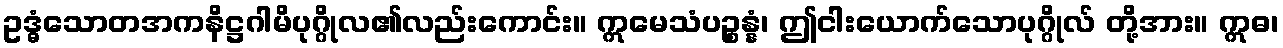
ဥဒ္ဓံသောတအကနိဋ္ဌဂါမိပုဂ္ဂိုလ၏လည်းကောင်း။ ဣမေသံပဉ္စန္နံ၊ ဤငါးယောက်သောပုဂ္ဂိုလ် တို့အား။ ဣဓ၊